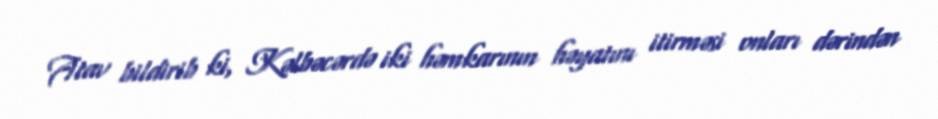
Atav bildirib ki, Kəlbəcərdə iki həmkarının həyatını itirməsi onları dərindən